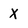
Character: x